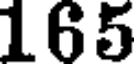
165